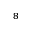
^ 8